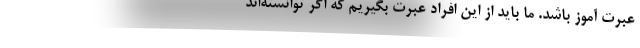
عبرت آموز باشد. ما باید از این افراد عبرت بگیریم که اگر توانسته‌اند